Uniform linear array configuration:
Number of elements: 8
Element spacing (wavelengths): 0.25
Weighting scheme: uniform
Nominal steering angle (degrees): -30
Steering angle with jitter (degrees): -29.851
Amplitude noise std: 0.05
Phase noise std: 0.05

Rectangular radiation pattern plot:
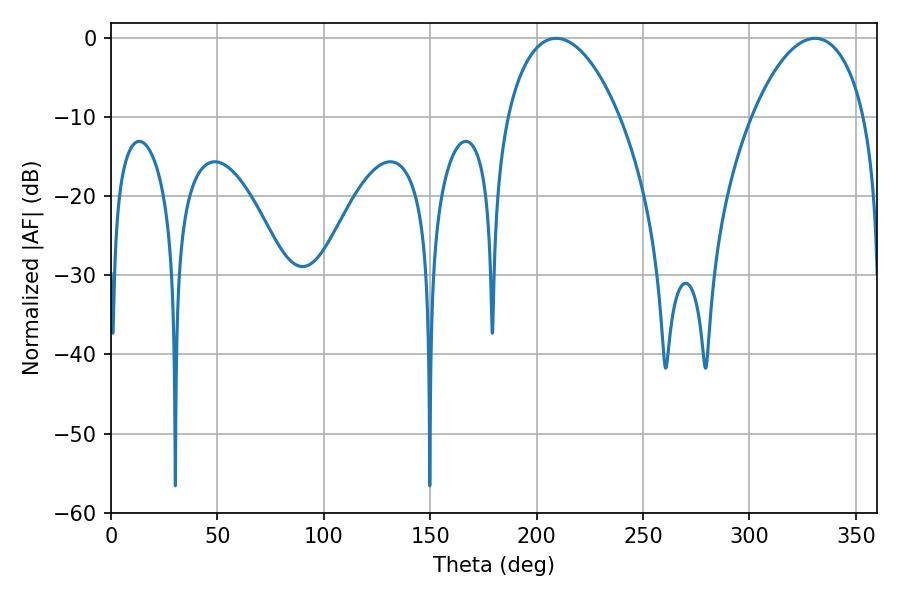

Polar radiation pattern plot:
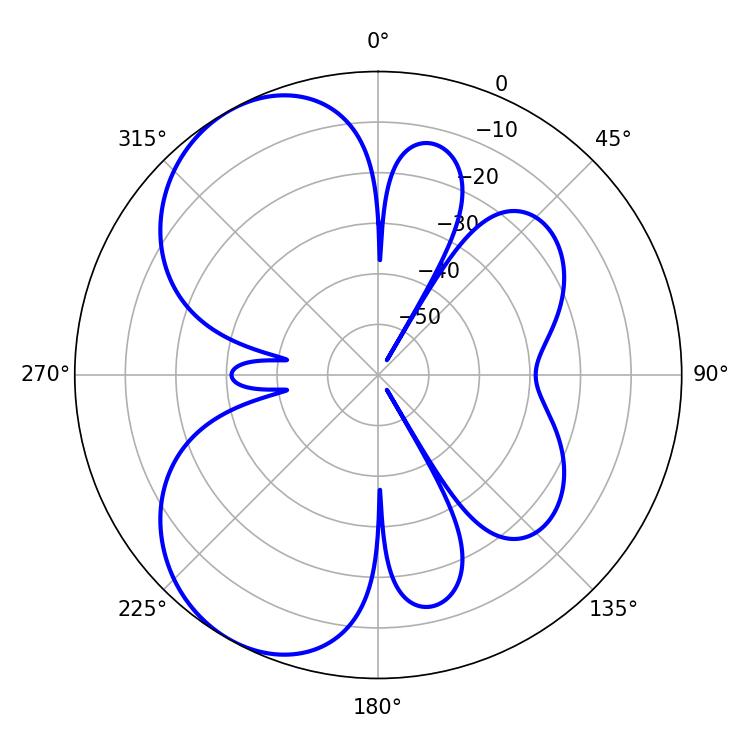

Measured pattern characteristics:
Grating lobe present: FALSE
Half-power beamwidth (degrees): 29.7
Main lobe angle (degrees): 209.16